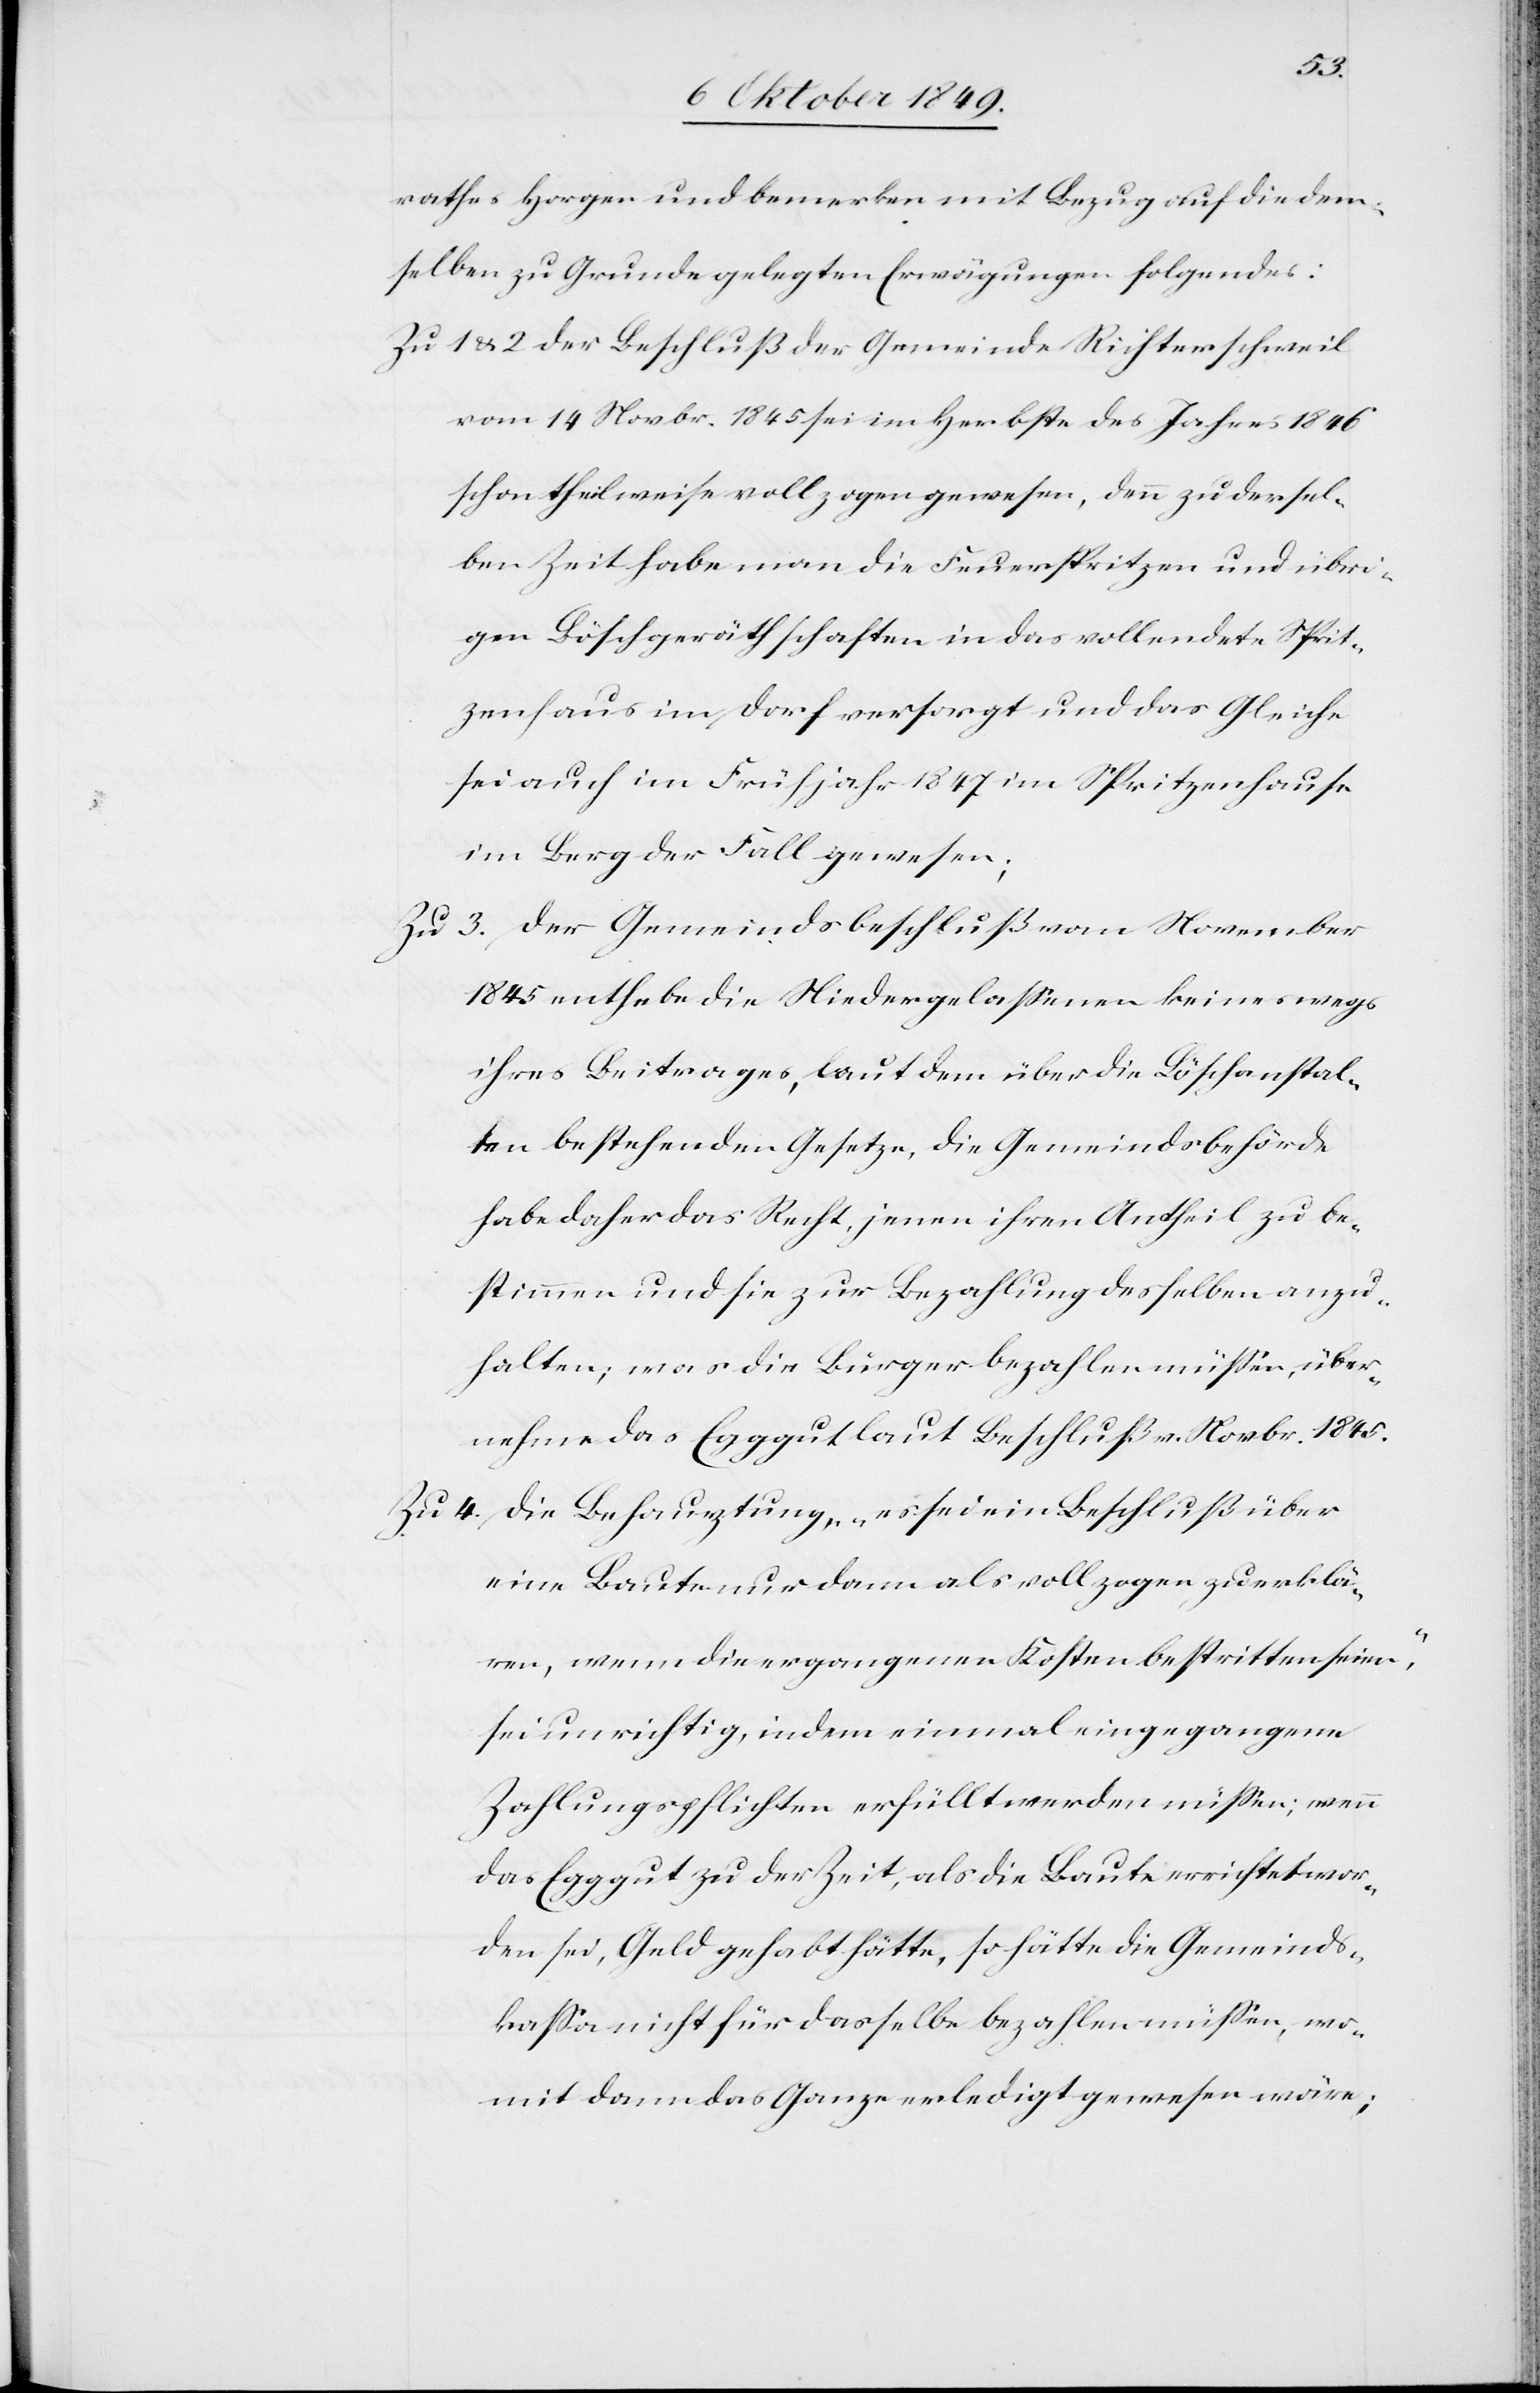
rathes Horgen und bemerken mit Bezug auf die dem¬
selben zu Grunde gelegten Erwägungen folgendes:
Zu 1 u. 2 der Beschluß der Gemeinde Richterschweil
vom 14 Novbr. 1845 sei im Herbste des Jahres 1846
schon theilweise vollzogen gewesen, denn zur dersel¬
ben Zeit habe man die Feuerspritzen und übri¬
gen Löschgerathschaften in das vollendete Sprit¬
zenhaus im Dorf versorgt und das Gleiche
sei auch im Frühjahr 1847 im Spritzenhause
im Berg der Fall gewesen.
Zu 3. Der Gemeindsbeschluß vom November
1845 enthebe die Niedergelaßenen keineswegs
ihres Beitrages, laut dem über die Löschanstal¬
ten bestehenden Gesetze, die Gemeindsbehörden
habe daher das Recht jenen ihren Antheil zu be¬
stimmen und sie zur Bezahlung desselben anzu¬
halten; was die Bürger bezahlen müßen, über¬
nehme das Egggut laut Beschluß v. Novbr. 1845.
Zu 4. Die Behauptung, „es sei ein Beschluß über
eine Baute nur dann als vollzogen zu erklä¬
ren, wenn die ergangenen Kosten bestritten seien“,
sei unrichtig, indem einmal eingegangene
Zahlungspflichten erfüllt werden müßen; wenn
das Egggut zu der Zeit, als die Baute errichtet wor¬
den sei, Geld gehabt hätte, so hätte die Gemeinds¬
kaßa nicht für dasselbe bezahlen müßen, wo¬
mit dann das Ganze erledigt gewesen wäre;